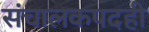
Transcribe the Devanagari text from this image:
संचालकपदही